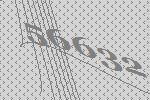
56632